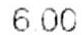
6.00